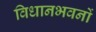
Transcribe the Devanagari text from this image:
विधानभवनों